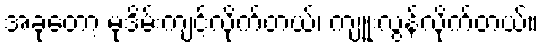
အခုတော့ မုဒိမ်းကျင့်လိုက်တယ်၊ ကျူးလွန်လိုက်တယ်။